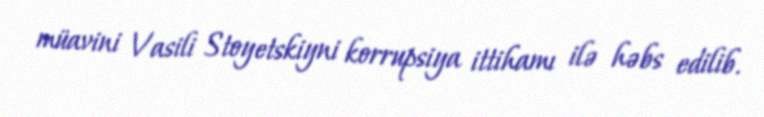
müavini Vasili Stoyetskiyni korrupsiya ittihamı ilə həbs edilib.